Vaccination report Assam 1896-1927 - 1896-1927
Year: 1896
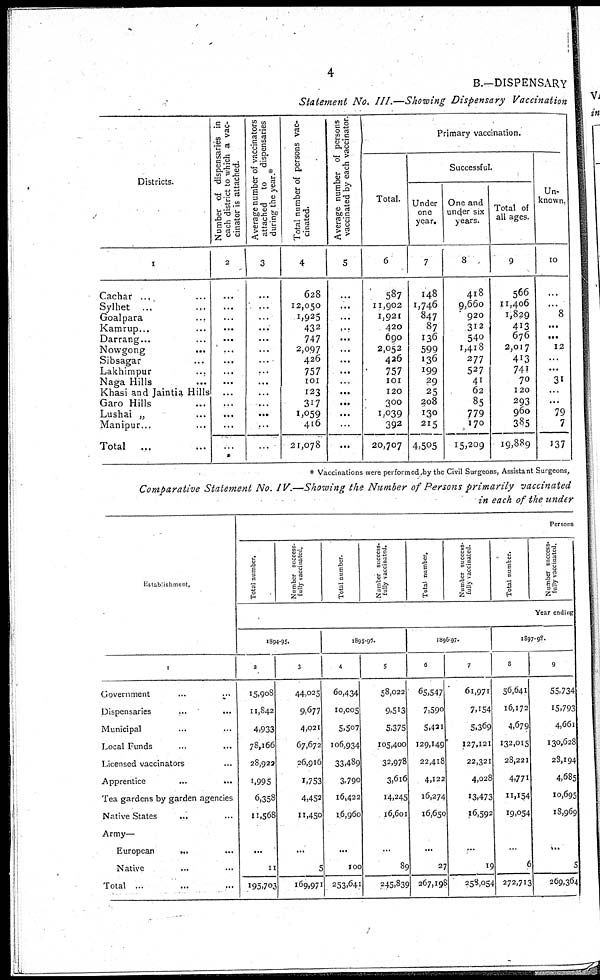
4
B.—DISPENSARY
Statement No. III.—Showing Dispensary Vaccination
Districts.
1
Cachar ... ...
Sylhet ... ...
Goalpara ... ...
Kamrup ... ...
Darrang... ...
Nowgong ... ...
Sibsagar ... ...
Lakhimpur ... ...
Naga Hills ... ...
Khasi and Jaintia Hills
Garo Hills ... ...
Lushai „ ... ...
Manipur... ...
Total
... ...
Number of dispensaries in
each district to which a vac-
cinator is attached.
2
...
...
...
...
...
...
...
...
...
...
...
...
...
...
Average number of vaccinators
attached to dispensaries
during the year.*
3
...
...
...
...
...
...
...
...
...
...
...
...
...
...
Total number of persons vac-
cinated.
4
628
12,050
1,925
432
747
2,097
426
757
101
123
317
1,059
416
21,078
Average number of persons
vaccinated by each vaccinator.
5
...
...
...
...
...
...
...
...
...
...
...
...
...
...
Primary vaccination.
Total.
6
587
11,902
1,921
420
690
2,052
426
757
101
120
300
1,039
392
20,707
Successful.
Under
one
year.
7
148
1,746
847
87
136
599
136
199
29
25
208
130
215
4,505
One and
under six
years.
8
418
9,660
920
312
540
1,418
277
527
41
62
85
779
170
15,209
Total of
all ages.
9
566
11,406
1,829
413
676
2,017
413
741
70
120
293
960
385
19,889
Un-
known.
10
...
...
8
...
...
12
...
...
31
...
...
79
7
137
* Vaccinations were per formed by the Civil Surgeons, Assistant Surgeons,
Comparative Statement No. IV.—Showing the Number of Persons primarily vaccinated
in each of the under
Establishment.
1
Government
...
...
Dispensaries ... ...
Municipal ... ...
Local Funds ... ...
Licensed vaccinators ...
Apprentice
...
...
Tea gardens by garden agencies
Native States ... ...
Army—
European ... ...
Native ... ... ...
Total ... ... ...
Persons
Total number.
Number success-
fully vaccinated.
Total number.
Number success,
fully vaccinated.
Total number.
Number success-
fully vaccinated.
Total number.
Number success-
fully vaccinated.
Year ending
1894-95.
2
15,908
11,842
4,933
78,166
28,922
1,995
6,358
11,568
...
11
195,703
3
44,025
9,677
4,021
67,672
26,916
1,753
4,452
11,450
...
5
169,971
1895-96.
4
60,434
10,005
5,507
106,934
33,489
3,790
16,422
16,960
...
100
253,641
5
58,022
9,513
5,375
105,400
32,978
3,616
14,245
16,601
...
89
245,839
1896-97.
6
65,547
7,590
5,421
129,149
22,418
4,122
16,274
16,650
...
27
267,198
7
61,971
7,154
5,369
127,121
22,321
4,028
13,473
16,592
...
19
258,054
1897-98.
8
56,641
16,172
4,679
132,015
28,221
4,771
11,154
19,054
...
6
272,713
9
55,734
15,793
4,661
130,628
28,194
4,685
10,695
18,969
...
5
269,364